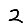
Digit: 2